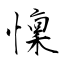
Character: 懍